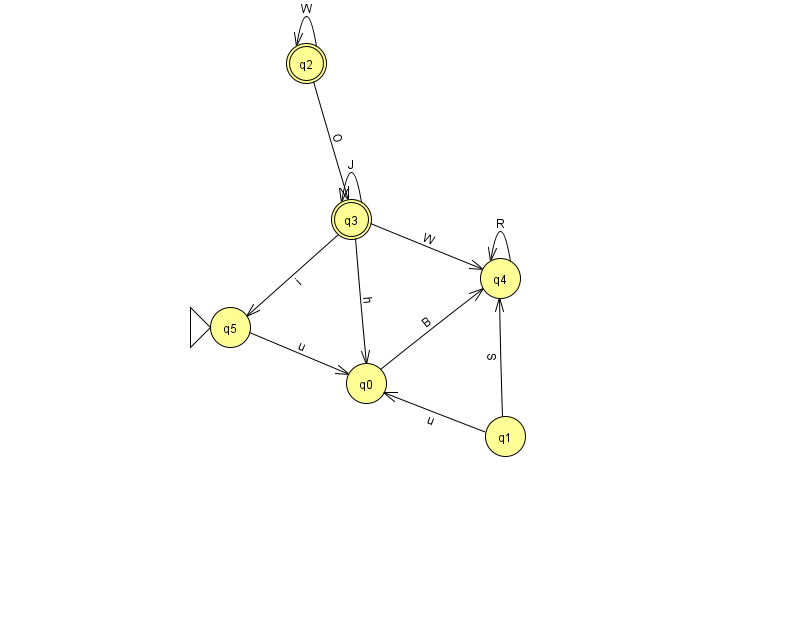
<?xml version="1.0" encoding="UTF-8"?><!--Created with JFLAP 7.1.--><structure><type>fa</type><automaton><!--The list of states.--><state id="0" name="q0"><x>366.0</x><y>370.0</y></state><state id="1" name="q1"><x>505.0</x><y>423.0</y></state><state id="2" name="q2"><x>306.0</x><y>50.0</y><final/></state><state id="3" name="q3"><x>351.0</x><y>206.0</y><final/></state><state id="4" name="q4"><x>500.0</x><y>265.0</y></state><state id="5" name="q5"><x>230.0</x><y>314.0</y><initial/></state><!--The list of transitions.--><transition><from>1</from><to>4</to><read>S</read></transition><transition><from>3</from><to>4</to><read>W</read></transition><transition><from>3</from><to>5</to><read>i</read></transition><transition><from>5</from><to>0</to><read>u</read></transition><transition><from>4</from><to>4</to><read>R</read></transition><transition><from>3</from><to>0</to><read>h</read></transition><transition><from>2</from><to>2</to><read>W</read></transition><transition><from>2</from><to>3</to><read>O</read></transition><transition><from>0</from><to>4</to><read>B</read></transition><transition><from>3</from><to>3</to><read>J</read></transition><transition><from>1</from><to>0</to><read>u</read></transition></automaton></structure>